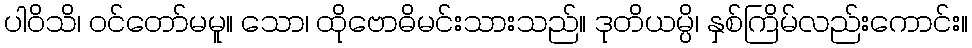
ပါဝိသိ၊ ဝင်တော်မမူ။ သော၊ ထိုဗောဓိမင်းသားသည်။ ဒုတိယမ္ပိ၊ နှစ်ကြိမ်လည်းကောင်း။